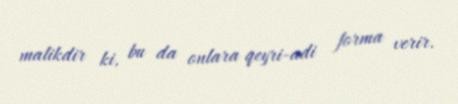
malikdir ki, bu da onlara qeyri-adi forma verir.